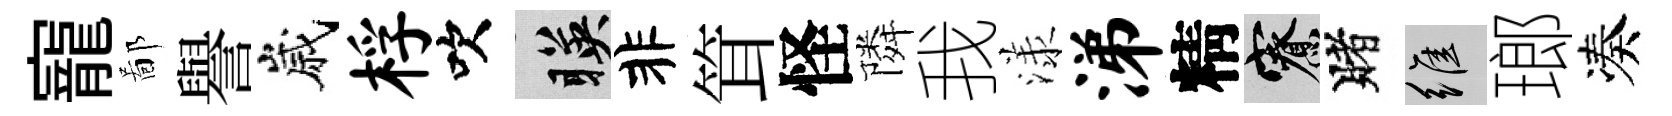
寵鄙譽嵗桴吹暎非䇯怪隣我漾涕精寮賭維瑯凑